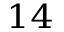
^ { 1 4 }